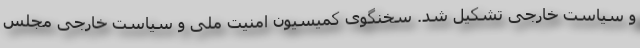
و سیاست خارجی تشکیل شد. سخنگوی کمیسیون امنیت ملی و سیاست خارجی مجلس